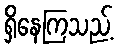
ရှိနေကြသည့်